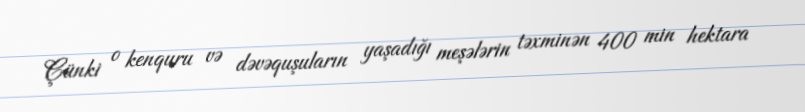
Çünki o kenquru və dəvəquşuların yaşadığı meşələrin təxminən 400 min hektara